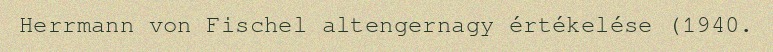
Herrmann von Fischel altengernagy értékelése (1940.